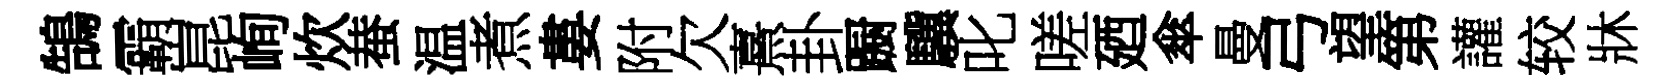
鵠霸崑峋炊蛬温煮婁附欠熹卦蹰驥叱嗟廼傘曼弓望第讙较牀